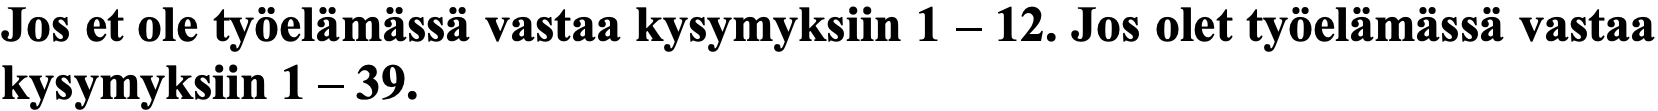
Jos et ole työelämässä vastaa kysymyksiin 1 – 12. Jos olet työelämässä vastaa kysymyksiin 1 – 39.